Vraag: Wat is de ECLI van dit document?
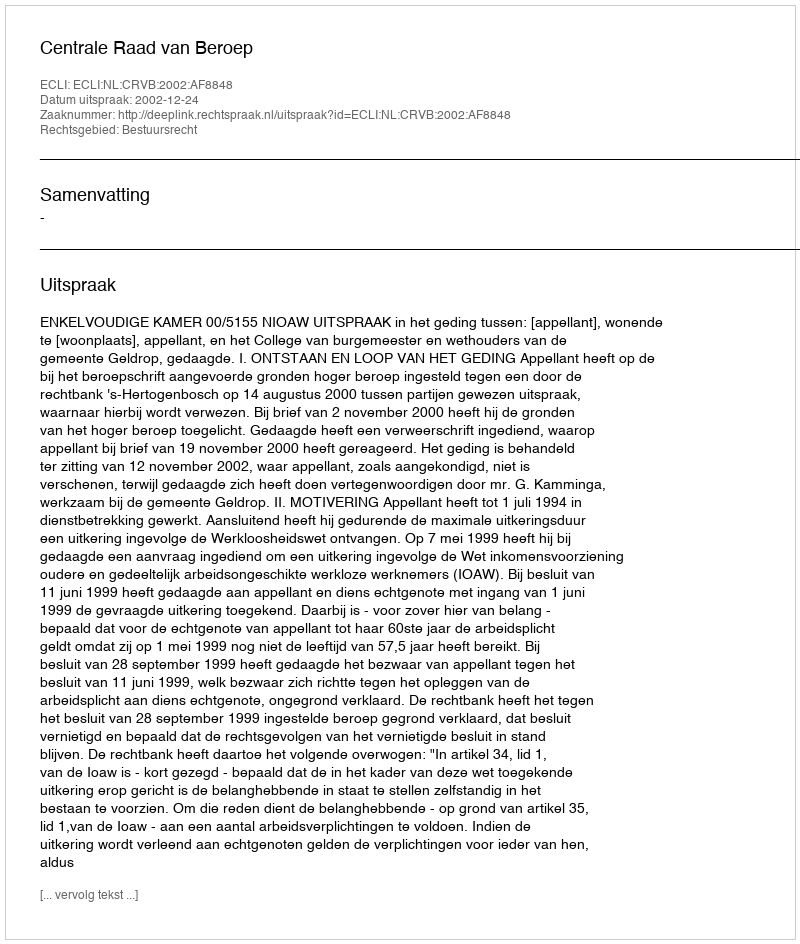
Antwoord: ECLI:NL:CRVB:2002:AF8848